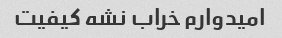
امیدوارم خراب نشه کیفیت